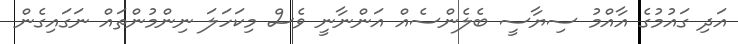
އަދި ގައުމުގެ އާއްމު ސިޔާސީ ބެލެންސެއް އަންނާނީ ވެސް މިކަހަލަ ނިންމުންތައް ނަގައިގެން